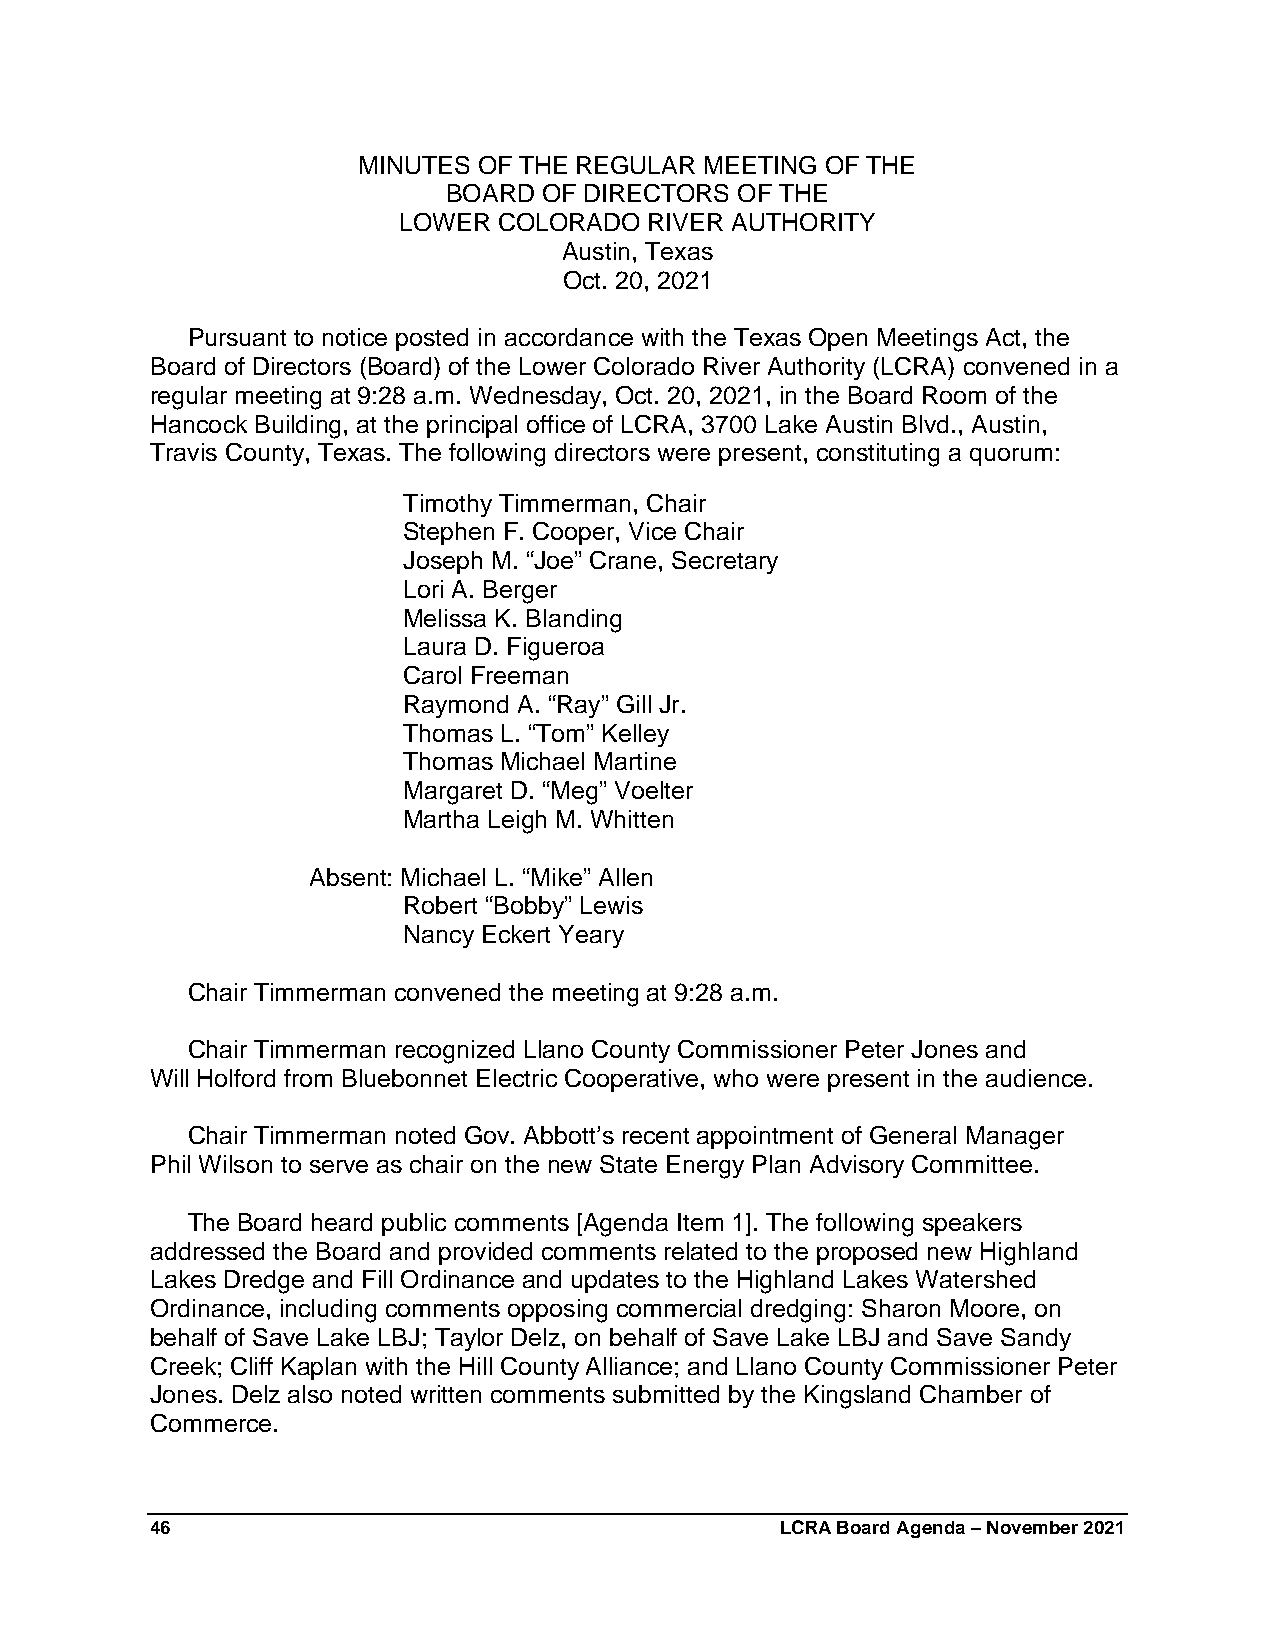
MINUTES OF THE REGULAR MEETING OF THE
 BOARD OF DIRECTORS OF THE
 LOWER  COLORADO  RIVER AUTHORITY
 Austin, Texas
 Oct. 20, 2021
 Pursuant to notice posted in accordance with the Texas Open Meetings Act, the
 Board of Directors (Board) of the Lower Colorado River Authority (LCRA) convened in a
 regular meeting at 9:28 a.m. Wednesday, Oct. 20, 2021, in the Board Room of the
 Hancock Building, at the principal office of LCRA, 3700 Lake Austin Blvd., Austin,
 Travis County, Texas. The following directors were present, constituting a quorum:
 Timothy Timmerman, Chair
 Stephen F. Cooper, Vice Chair
 Joseph M. “Joe” Crane, Secretary
 Lori A. Berger
 Melissa K. Blanding
 Laura D. Figueroa
 Carol Freeman
 Raymond A. “Ray” Gill Jr.
 Thomas L. “Tom” Kelley
 Thomas Michael Martine
 Margaret D. “Meg” Voelter
 Martha Leigh M. Whitten
 Absent: Michael L. “Mike” Allen
 Robert “Bobby” Lewis
 Nancy Eckert Yeary
 Chair Timmerman convened the meeting at 9:28 a.m.
 Chair Timmerman recognized Llano County Commissioner Peter Jones and
 Will Holford from Bluebonnet Electric Cooperative, who were present in the audience.
 Chair Timmerman noted Gov. Abbott’s recent appointment of General Manager
 Phil Wilson to serve as chair on the new State Energy Plan Advisory Committee.
 The Board heard public comments [Agenda Item 1]. The following speakers
 addressed the Board and provided comments related to the proposed new Highland
 Lakes Dredge and Fill Ordinance and updates to the Highland Lakes Watershed
 Ordinance, including comments opposing commercial dredging: Sharon Moore, on
 behalf of Save Lake LBJ; Taylor Delz, on behalf of Save Lake LBJ and Save Sandy
 Creek; Cliff Kaplan with the Hill County Alliance; and Llano County Commissioner Peter
 Jones. Delz also noted written comments submitted by the Kingsland Chamber of
 Commerce.
 46                                        LCRA Board Agenda – November 2021